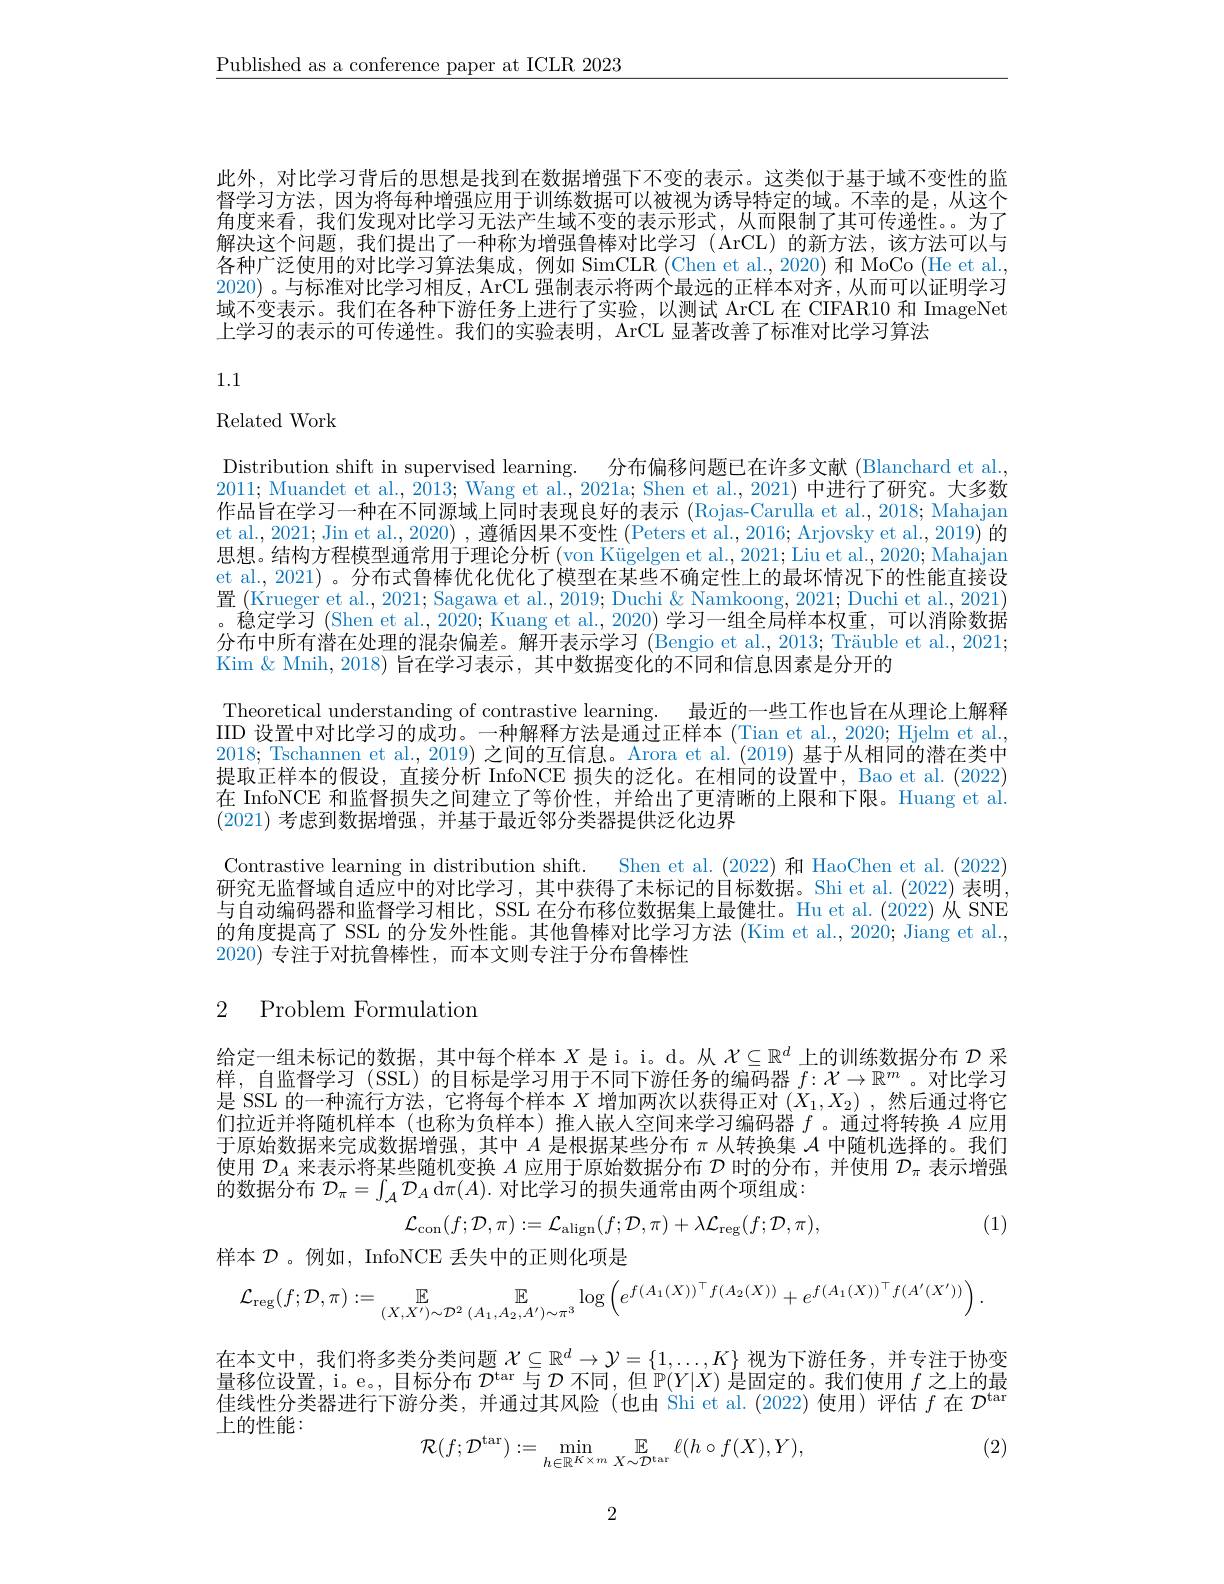
$\underline{\text{Published as a conference paper at ICLR 2023}}$

此外，对比学习背后的思想是找到在数据增强下不变的表示。这类似于基于域不变性的监督学习方法，因为将每种增强应用于训练数据可以被视为诱导特定的域。不幸的是，从这个角度来看，我们发现对比学习无法产生域不变的表示形式，从而限制了其可传递性。。为了解决这个问题，我们提出了一种称为增强鲁棒对比学习(ArCL)的新方法，该方法可以与各种广泛使用的对比学习算法集成，例如 SimCLR (Chen et al., 2020) 和 MoCo (He et al. 2020) 。与标准对比学习相反，ArCL 强制表示将两个最远的正样本对齐，从而可以证明学习域不变表示。我们在各种下游任务上进行了实验，以测试 ArCL 在 CIFAR10 和 ImageNet 上学习的表示的可传递性。我们的实验表明，ArCL 显著改善了标准对比学习算法

1.1

Related Work

Distribution shift in supervised learning. 分布偏移问题已在许多文献 (Blanchard et al. 2011; Muandet et al., 2013; Wang et al., 2021a; Shen et al., 2021) 中进行了研究。大多数作品旨在学习一种在不同源域上同时表现良好的表示 (Rojas-Carulla et al., 2018; Mahajan et al., 2021; Jin et al., 2020) , 遵循因果不变性 (Peters et al., 2016; Arjovsky et al., 2019) 的思想。结构方程模型通常用于理论分析 (von Kügelgen et al., 2021; Liu et al., 2020; Mahajan et al., 2021) 。分布式鲁棒优化优化了模型在某些不确定性上的最坏情况下的性能直接设置 (Krueger et al., 2021; Sagawa et al., 2019; Duchi & Namkoong, 2021; Duchi et al., 2021) 。稳定学习 (Shen et al., 2020; Kuang et al., 2020) 学习一组全局样本权重，可以消除数抽分布中所有潜在处理的混杂偏差。解开表示学习 (Bengio et al., 2013; Träuble et al., 2021; Kim & Mnih, 2018) 旨在学习表示，其中数据变化的不同和信息因素是分开的
Theoretical understanding of contrastive learning. 最近的一些工作也旨在从理论上解释IID 设置中对比学习的成功。一种解释方法是通过正样本 (Tian et al., 2020; Hjelm et al. 2018; Tschannen et al., 2019) 之间的互信息。Arora et al. (2019) 基于从相同的潜在类中提取正样本的假设，直接分析 InfoNCE 损失的泛化。在相同的设置中，Bao et al. (2022) 在 InfoNCE 和监督损失之间建立了等价性，并给出了更清晰的上限和下限。Huang et al. (2021)考虑到数据增强，并基于最近邻分类器提供泛化边界
Contrastive learning in distribution shift. Shen et al. (2022) 和 HaoChen et al. (2022) 研究无监督域自适应中的对比学习，其中获得了未标记的目标数据。Shi et al.(2022) 表明， 与自动编码器和监督学习相比，SSL 在分布移位数据集上最健壮。Hu et al.(2022) 从 SNE 的角度提高了 SSL 的分发外性能。其他鲁棒对比学习方法 (Kim et al., 2020; Jiang et al., 2020)专注于对抗鲁棒性，而本文则专注于分布鲁棒性

# 2 Problem Formulation

给定一组未标记的数据，其中每个样本$X$是i。i。d。从$\mathcal{X}\subseteq\mathbb{R}^d$上的训练数据分布$\mathcal{D}$采样，自监督学习(SSL)的目标是学习用于不同下游任务的编码器$f:\mathcal{X}\to\mathbb{R}^m$ 。对比学习是 SSL 的一种流行方法，它将每个样本$X$增加两次以获得正对$(\bar{X}_1,X_2)$ ,然后通过将它们拉近并将随机样本(也称为负样本)推入嵌人空间来学习编码器$f$ 。通过将转换$A$应用于原始数据来完成数据增强，其中$A$是根据某些分布$\pi$从转换集$\mathcal{A}$中随机选择的。我们使用$\mathcal{D}_A$来表示将某些随机变换$A$应用于原始数据分布$\mathcal{D}$时的分布，并使用$\mathcal{D}_\pi$表示增强的数据分布$\mathcal{D}_\pi=\int_{\mathcal{A}}\mathcal{D}_A$ d$\pi(A).$对比学习的损失通常由两个项组成：

(1)
$$\mathcal{L}_{\mathrm{con}}(f;\mathcal{D},\pi):=\mathcal{L}_{\mathrm{align}}(f;\mathcal{D},\pi)+\lambda\mathcal{L}_{\mathrm{reg}}(f;\mathcal{D},\pi),$$
样本$\mathcal{D}$ 。例如，InfoNCE 丢失中的正则化项是
$$\mathcal{L}_{\text{reg}}(f;\mathcal{D},\pi):=\underset{(X,X')\sim\mathcal{D}^2}{\mathbb{E}}\underset{(A_1,A_2,A')\sim\pi^3}{\operatorname*{\mathbb{E}}}\log\left(e^{f(A_1(X))^\top f(A_2(X))}+e^{f(A_1(X))^\top f(A'(X'))}\right).$$
在本文中，我们将多类分类问题$\mathcal{X}\subseteq\mathbb{R}^d\to\mathcal{Y}=\{1,\ldots,K\}$视为下游任务，并专注于协变量移位设置，i。e。, 目标分布$\mathcal{D}^\mathrm{tar}$与$\mathcal{D}$不同，但$\mathbb{P}(Y|X)$是固定的。我们使用$f$之上的最佳线性分类器进行下游分类，并通过其风险(也由 Shi et al.(2022) 使用)评估$f$在$\mathcal{D}^\mathrm{tar}$ 上的性能：
(2)
$$\mathcal{R}(f;\mathcal{D}^{\mathrm{tar}}):=\min_{h\in\mathbb{R}^{K\times m}}\mathbb{E}_{X\sim\mathcal{D}^{\mathrm{tar}}}\ell(h\circ f(X),Y),$$
2